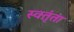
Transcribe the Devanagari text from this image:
स्वतृंता